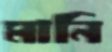
মানি